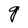
Character: g